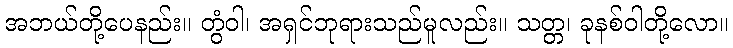
အဘယ်တို့ပေနည်း။ တွံဝါ၊ အရှင်ဘုရားသည်မူလည်း။ သတ္တ၊ ခုနစ်ဝါတို့လော။